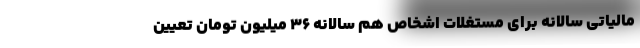
مالیاتی سالانه برای مستغلات اشخاص هم سالانه ۳۶ میلیون تومان تعیین